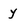
Character: y